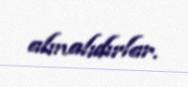
almalıdırlar.